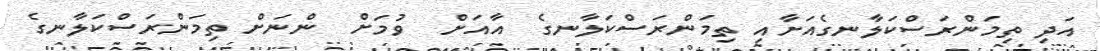
އަދި ތިމަންރަސްކަލާނގެއަށާއި ތިމަންރަސްކަލާނގެ  އާއަށް  ވުމަށް  ންނަށް ތިމަންރަސްކަލާނގެ